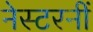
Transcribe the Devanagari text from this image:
नेस्टरनीं